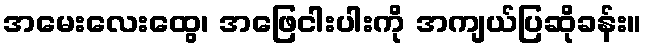
အမေးလေးထွေ၊ အဖြေငါးပါးကို အကျယ်ပြဆိုခန်း။